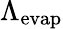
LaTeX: \Lambda_{\mathrm{evap}}